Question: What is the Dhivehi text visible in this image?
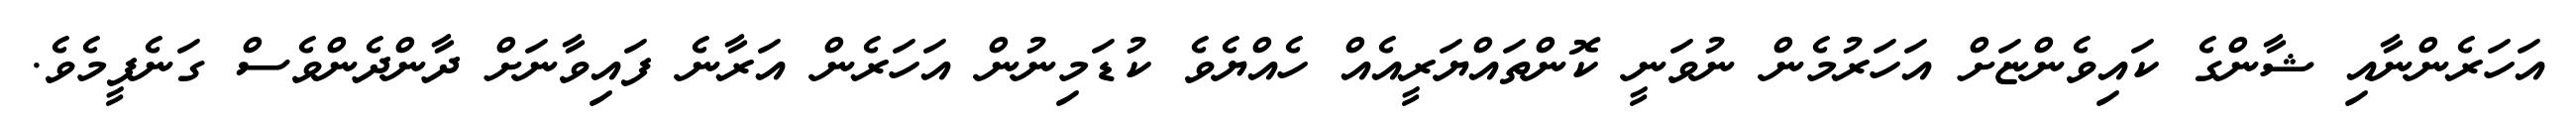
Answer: އަހަރެންނާއި ޝާންގެ ކައިވެންޏަށް އަހަރުމެން ނުވަނީ ކޮންތައްޔަރީއެއް ހެއްޔެވެ ކުޑަމިނުން އަހަރެން އަރާނެ ފައިވާނަށް ދާންދެންވެސް ގަނެފީމެވެ.